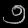
Digit: ၅